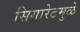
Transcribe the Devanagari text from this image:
सिगारेटमुळे